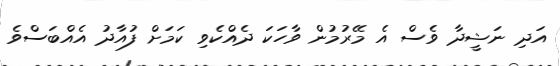
އަދި ނަޝީދާ ވެސް އެ މޭރުމުން ވާހަކަ ދެއްކެވި ކަމަށް ފުއާދު އެއްބަސްވެ